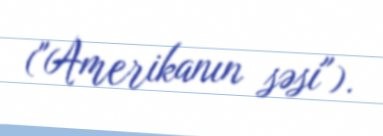
("Amerikanın səsi").